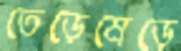
তেড়েমেড়ে